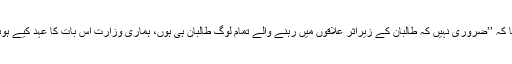
وزارتِ عوامی صحت کے ترجمان واحد مجروح کا کہنا تھا کہ ’’ضروری نہیں کہ طالبان کے زیراثر علاقوں میں رہنے والے تمام لوگ طالبان ہی ہوں، ہماری وزارت اس بات کا عہد کیے ہوئے ہے کہ ہم بلاامتیاز تمام شہریوں کی خدمت کریں گے‘‘۔